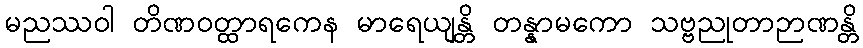
မညဿဝါ တိဏဝတ္ထာရကေန မာရေယျန္တိ တန္နာမကော သဗ္ဗညုတာဉာဏန္တိ